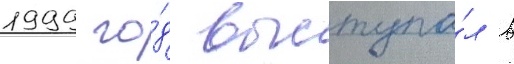
1999 го́д выступа́л в